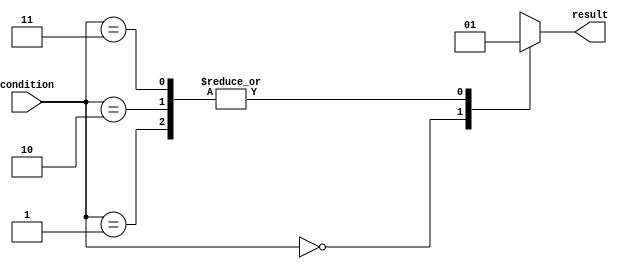
module priority_case (
    input wire [1:0] condition,
    output reg result
);

always @(condition) begin
    case (condition)
        2'b00: result = 1'b0; // Highest priority
        2'b01: result = 1'b1;
        2'b10: result = 1'b1;
        2'b11: result = 1'b1; // Lowest priority
    endcase
end

endmodule